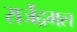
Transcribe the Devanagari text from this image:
राजेंद्रमल